Leaving Certificate Examination (including Day School Certificate (Higher) General paper), 1926
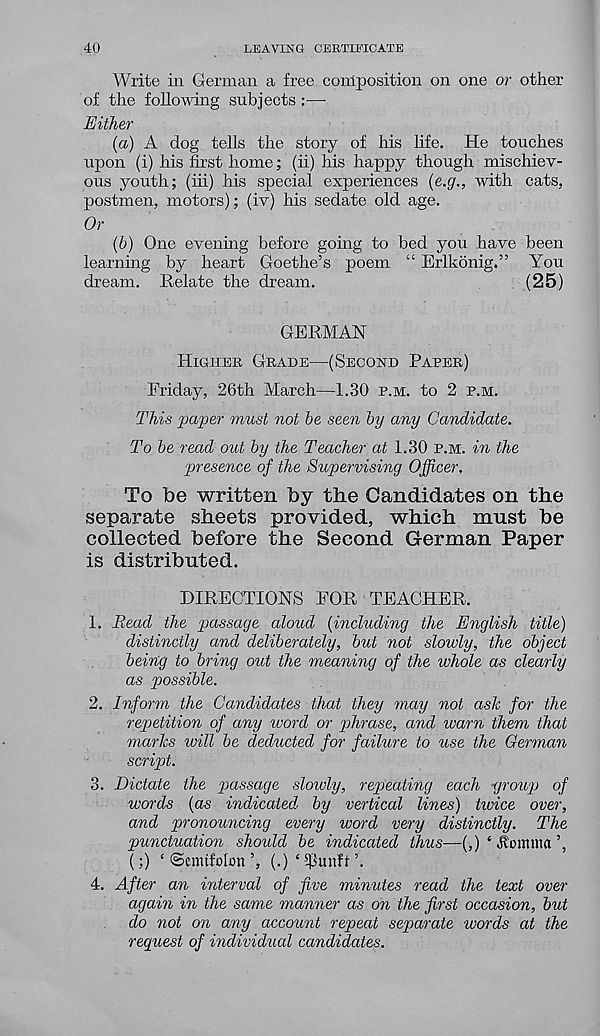
40
LEAVING CERTIFICATE
Write in German a free conlposition on one or other
of the following subjects :■—•
Either
(a) A dog tells the story of his life. He touches
upon (i) his first home; (ii) his happy though mischiev-
ous youth; (iii) his special experiences (e.g., with cats,
postmen, motors); (iv) his sedate old age.
Or
(b) One evening before going to bed you have been
learning by heart Goethe’s poem “ Erlkonig.” You
dream. Relate the dream.
(25)
GERMAN
Higher Grade—(Second Paper)
Friday, 26th March—1.30 p.m. to 2 p.m.
This paper must not be seen by any Candidate.
To be read out by the Teacher at 1.30 p.m. in the
presence of the Supervising Officer.
To be written by the Candidates on the
separate sheets provided, which must be
collected before the Second German Paper
is distributed.
DIRECTIONS FOR TEACHER.
1. Read the passage aloud {including the English title)
distinctly a,nd deliberately, but not slowly, the object
being to bring out the meaning of the whole as clearly
as possible.
2. Inform the Candidates that they may not ask for the
repetition of any word or phrase, and warn them that
marks will be deducted for failure to use the German
script.
3. Dictate the passage slowly, repeating each -group of
words {as indicated by vertical lines) tivice over,
and pronouncing every word very distinctly. The
punctuation shoidd be indicated thus—(,) ‘ Jtomma
(;) ‘ (Semtfolott ’, (.) ‘ spunft ’.
4. After an interval of five minutes read the text over
again in the same manner as on the first occasion, but
do not on any account repeat separate words at the
request of individual candidates.